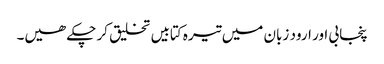
پنجابی اور ارود زبان میں تیرہ کتابیں تخلیق کر چکے ھیں۔